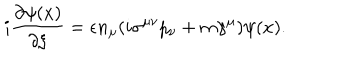
LaTeX: i \frac { \partial \psi ( x ) } { \partial \xi } = \epsilon n _ { \mu } ( i \sigma ^ { \mu \nu } p _ { \nu } + m \gamma ^ { \mu } ) \psi ( x ) .